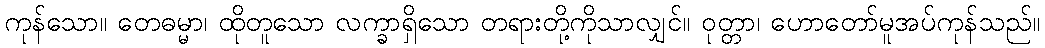
ကုန်သော။ တေဓမ္မာ၊ ထိုတူသော လက္ခာရှိသော တရားတို့ကိုသာလျှင်။ ဝုတ္တာ၊ ဟောတော်မူအပ်ကုန်သည်။